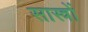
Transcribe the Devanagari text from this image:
सास्त्रों